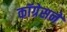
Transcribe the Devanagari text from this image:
कॉग्रेसने